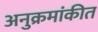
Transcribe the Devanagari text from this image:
अनुक्रमांकीत